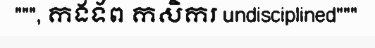
""", កងទ័ព កសិករ undisciplined"""